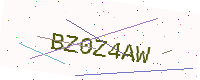
Text: BZ0Z4AW